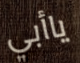
ياأبي